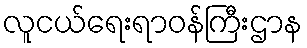
လူငယ်ရေးရာဝန်ကြီးဌာန